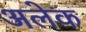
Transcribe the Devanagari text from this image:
अलेक